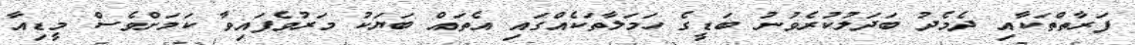
ފަރާތްތަކާއި ދެމެދު ބަދަލުކުރެވުނު ބަޑީގެ ހަމަލާތަކެއްގައި އެތައް ބަޔަކު މަރުވެފައިވާ ކަމަށްވެސް މީޑިއާ